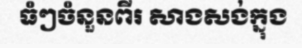
ធំៗចំនួនពីរ សាងសង់ក្នុង